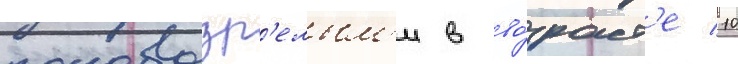
половозр'елым'и в во́зраст'е 10